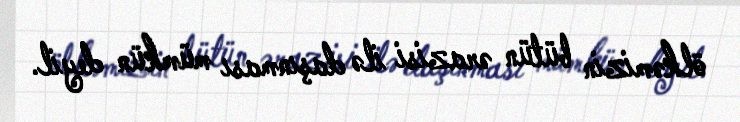
ölkəmizin bütün ərazisi ilə daşınması mümkün deyil.